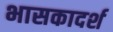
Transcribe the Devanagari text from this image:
भासकादर्श